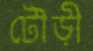
টৌড়ী